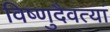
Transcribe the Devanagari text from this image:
विष्णुदैवत्यां